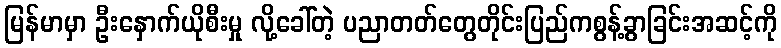
မြန်မာမှာ ဦးနှောက်ယိုစီးမှု လို့ခေါ်တဲ့ ပညာတတ်တွေတိုင်းပြည်ကစွန့်ခွာခြင်းအဆင့်ကို